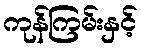
ကုန်ကြမ်းနှင့်